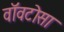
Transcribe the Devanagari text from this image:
वॉवटोसा